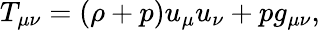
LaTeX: \begin{array}{r}{T_{\mu\nu}=(\rho+p)u_{\mu}u_{\nu}+pg_{\mu\nu},}\end{array}